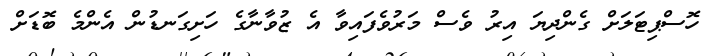
ހޮސްޕިޓަލަށް ގެންދިޔަ އިރު ވެސް މަރުވެފައިވާ އެ ޒުވާނާގެ ހަށިގަނޑުން އެންމެ ބޮޑަށް